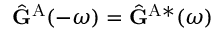
\hat { \mathbf { G } } ^ { \mathrm { A } } ( - \omega ) = \hat { \mathbf { G } } ^ { \mathrm { A } * } ( \omega )